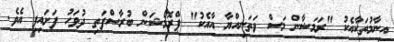
އިނާމުތަކާއެކު "ރަމަޟާން މަސް ވަތަނިއްޔާ އާއެކު" ޕްރޮމޯޝަން ބުރާސްފަތި ދުވަހު ފަށައިފި އެވެ.